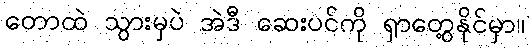
တောထဲ သွားမှပဲ အဲဒီ ဆေးပင်ကို ရှာတွေ့နိုင်မှာ။